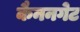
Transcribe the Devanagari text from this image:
कैननगेट